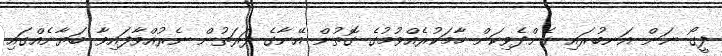
ފީގޯ ނަން އަނބުރައި ގެންދެވިކަން ހާމަކުރެއްވުމުގެ ގޮތުން އޭނާގެ ފަރަތުން ނެރުއްވާފައިވާ ބަޔާނެއްގައި